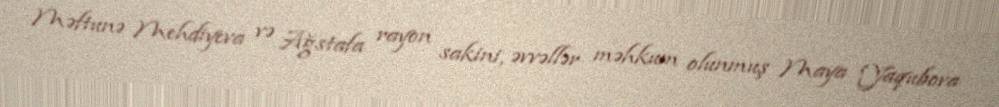
Məftunə Mehdiyeva və Ağstafa rayon sakini, əvvəllər məhkum olunmuş Maya Yaqubova